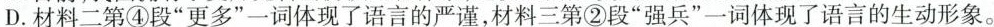
D.材料二第④段”更多”一词体现了语言的严谨，材料三第②段”强兵”一词体现了语言的生动形象。